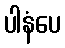
ပါနံပေ